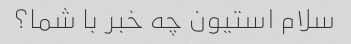
سلام استیون چه خبر با شما؟